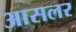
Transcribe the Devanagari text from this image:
आसलर